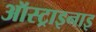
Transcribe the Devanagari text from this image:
ऑस्ट्राइनाइ